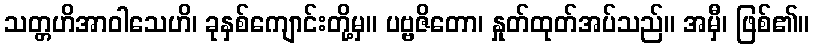
သတ္တဟိအာဝါသေဟိ၊ ခုနှစ်ကျောင်းတို့မှ။ ပဗ္ဗဇိတော၊ နှုတ်ထုတ်အပ်သည်။ အမှီ၊ ဖြစ်၏။